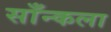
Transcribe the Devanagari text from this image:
साँन्कला